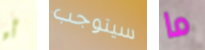
أو سيتوجب ما